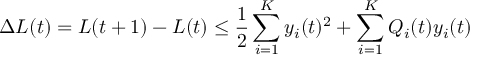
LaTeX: \Delta L ( t ) = L ( t + 1 ) - L ( t ) \leq { \frac { 1 } { 2 } } \sum _ { i = 1 } ^ { K } y _ { i } ( t ) ^ { 2 } + \sum _ { i = 1 } ^ { K } Q _ { i } ( t ) y _ { i } ( t )